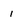
Character: 1